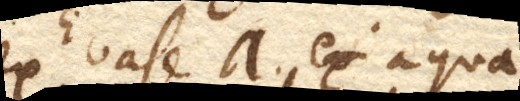
Ex vase a. ex aqua